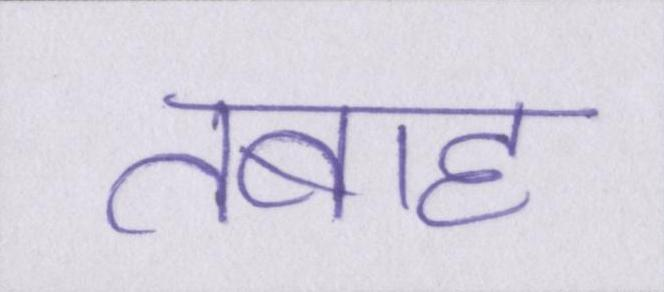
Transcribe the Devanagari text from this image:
तबाह